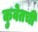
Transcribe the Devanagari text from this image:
कुवेतची